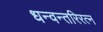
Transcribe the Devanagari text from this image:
धन्वन्तरिरत्न